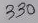
Text: 330